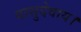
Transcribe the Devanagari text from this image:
वासुदेवाय।